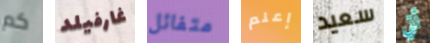
كم غارفيلد متفائل إعلم سعيد أتي